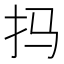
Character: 𫼗